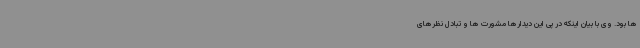
ها بود. وی با بیان اینکه در پی این دیدارها مشورت ها و تبادل نظرهای